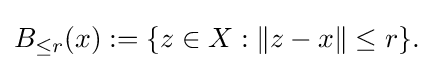
{\textstyle B_{\leq r}(x):=\{z\in X:\|z-x\|\leq r\}.}